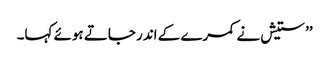
’’ستیش نے کمرے کے اندر جاتے ہوئے کہا۔